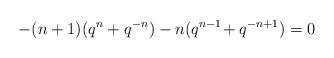
LaTeX: \begin{align*}- (n+1)(q^{n}+q^{-n})- n(q^{n-1}\!+q^{-n+1}) = 0\end{align*}